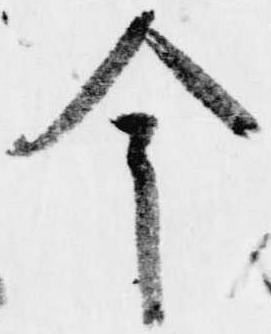
今